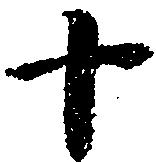
十